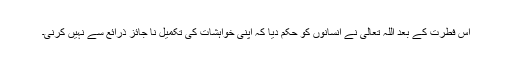
اس فطرت کے بعد اللہ تعالیٰ نے انسانوں کو حکم دیا کہ اپنی خواہشات کی تکمیل نا جائز ذرائع سے نہیں کرنی۔